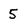
Character: 5